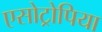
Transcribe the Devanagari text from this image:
एसोट्रोपिया